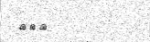
١٨٤